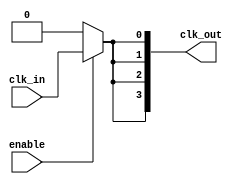
module HighFanoutClockBuffer (
    input wire clk_in,        // Clock input
    input wire enable,        // Enable signal for power management
    output wire [N-1:0] clk_out // Array of clock outputs
);
    parameter N = 4; // Number of outputs
    wire clk_clean; // Cleaned clock signal

    // Input Stage: Simple buffer with enable functionality
    // A Schmitt trigger can be implemented here if needed
    assign clk_clean = enable ? clk_in : 1'b0;

    // Output Stage: Driving multiple outputs
    genvar i;
    generate
        for (i = 0; i < N; i = i + 1) begin : output_drivers
            // Each output driver
            assign clk_out[i] = clk_clean;
        end
    endgenerate

    // Optional: Add features for signal integrity, temperature compensation, etc.
    // This can include additional logic or circuitry based on specific requirements.

endmodule